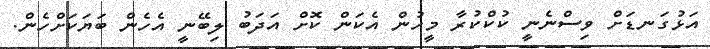
އަޅުގަނޑަށް ވިސްނެނީ ކުކްކުރާ މީހުން އެކަން ކޮށް އަދަބު ލިބޭނީ އެހެން ބަޔަކަށްހެން.